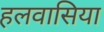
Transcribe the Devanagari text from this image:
हलवासिया